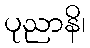
ပုညာနိ၊